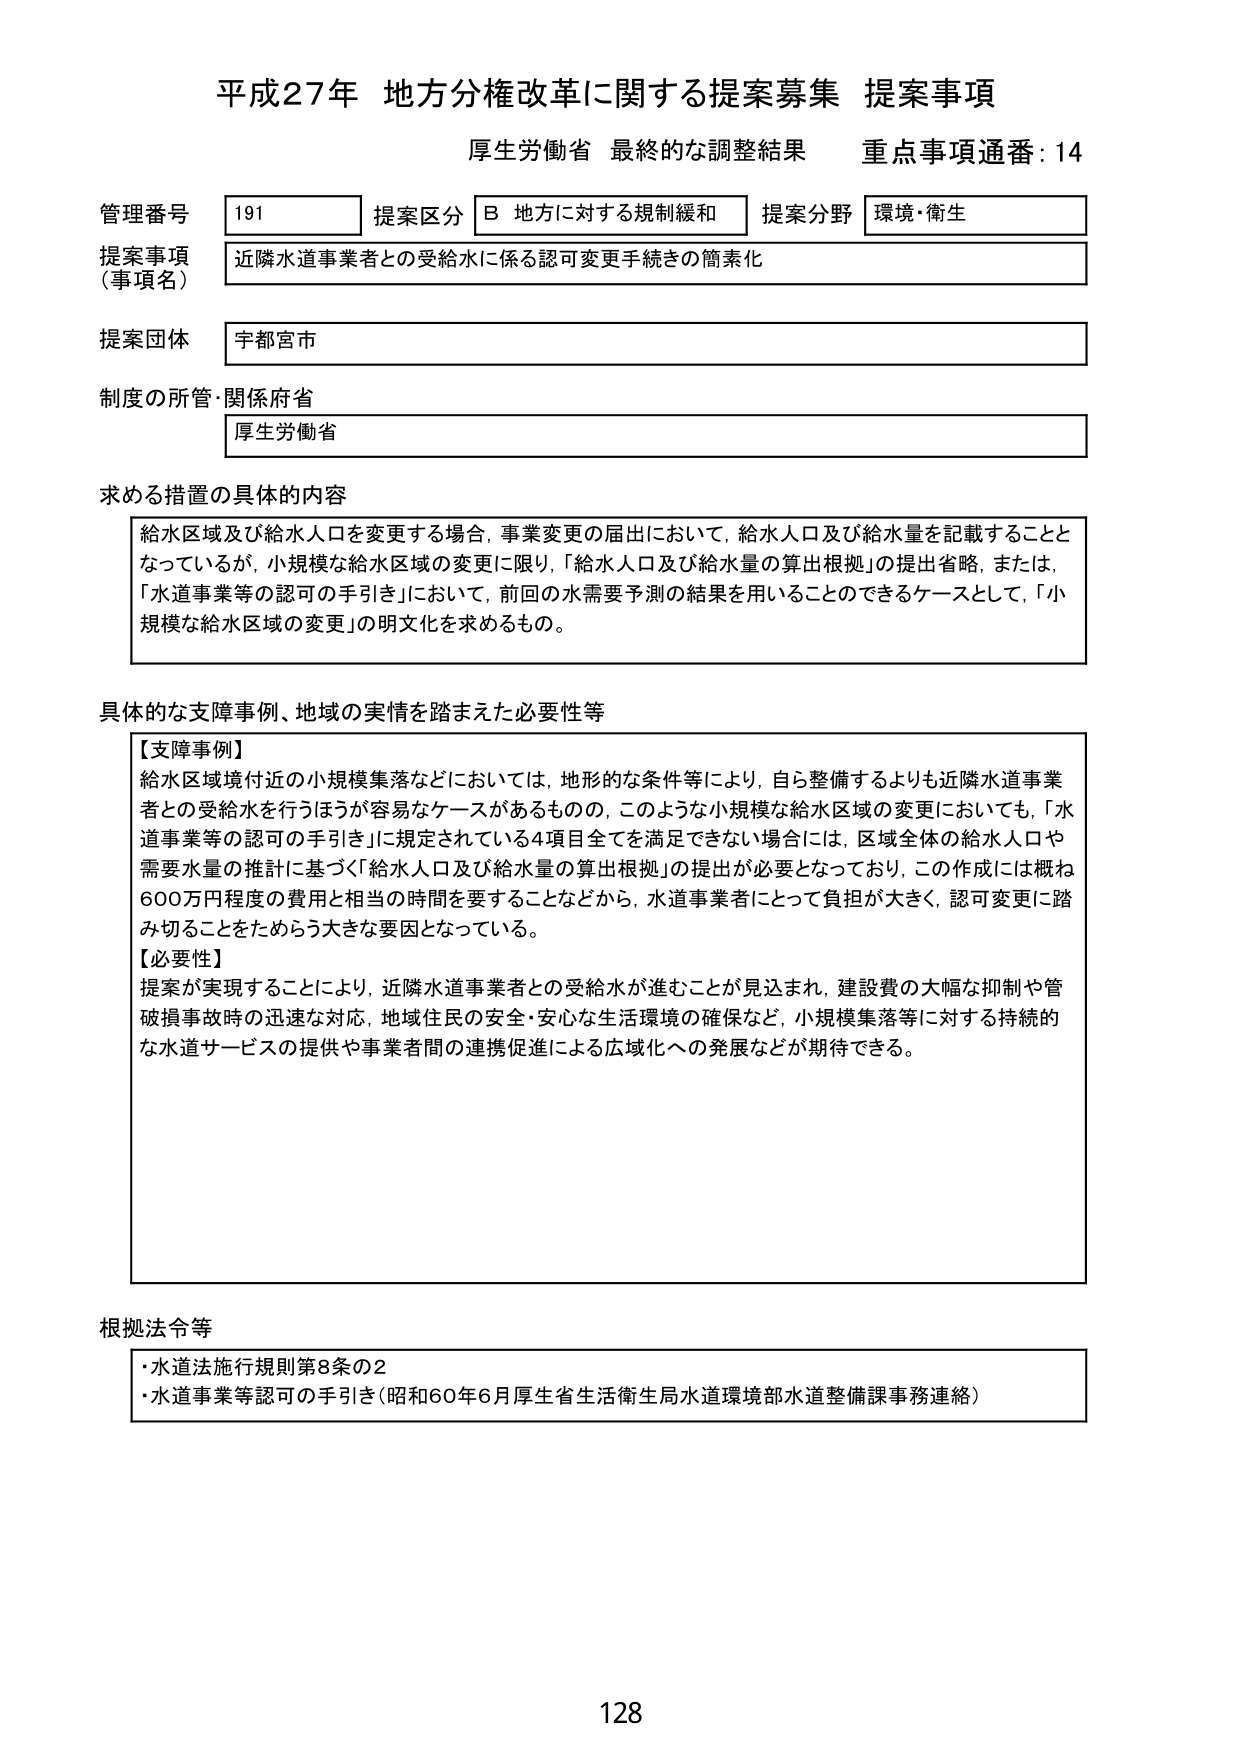
平成27年 地方分権改革に関する提案募集 提案事項
厚生労働省 最終的な調整結果 重点事項通番：14

管理番号 191 提案区分 B 地方に対する規制緩和 提案分野 環境・衛生
提案事項（事項名） 近隣水道事業者との受給水に係る認可変更手続きの簡素化
提案団体 宇都宮市
制度の所管・関係府省 厚生労働省

求める措置の具体的内容
給水区域及び給水人口を変更する場合、事業変更の届出において、給水人口及び給水量を記載することとなっているが、小規模な給水区域の変更に限り、「給水人口及び給水量の算出根拠」の提出省略、または、「水道事業等の認可の手引き」において、前回の水需要予測の結果を用いることのできるケースとして、「小規模な給水区域の変更」の明文化を求めるもの。

具体的な支障事例、地域の実情を踏まえた必要性等
【支障事例】
給水区域境付近の小規模集落などにおいては、地形的な条件等により、自ら整備するよりも近隣水道事業者との受給水を行うほうが容易なケースがあるものの、このような小規模な給水区域の変更においても、「水道事業等の認可の手引き」に規定されている4項目全てを満足できない場合には、区域全体の給水人口や需要水量の推計に基づく「給水人口及び給水量の算出根拠」の提出が必要となっており、この作成には概ね600万円程度の費用と相当の時間を要することなどから、水道事業者にとって負担が大きく、認可変更に踏み切ることをためらう大きな要因となっている。
【必要性】
提案が実現することにより、近隣水道事業者との受給水が進むことが見込まれ、建設費の大幅な抑制や管破損事故時の迅速な対応、地域住民の安全・安心な生活環境の確保など、小規模集落等に対する持続的な水道サービスの提供や事業者間の連携促進による広域化への発展などが期待できる。

根拠法令等
・水道法施行規則第8条の2
・水道事業等認可の手引き（昭和60年6月厚生省生活衛生局水道環境部水道整備課事務連絡）

128